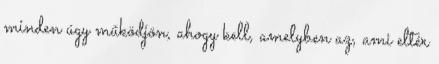
minden úgy működjön, ahogy kell, amelyben az, ami eltér